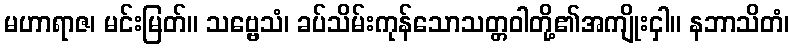
မဟာရာဇ၊ မင်းမြတ်။ သဗ္ဗေသံ၊ ခပ်သိမ်းကုန်သောသတ္တဝါတို့၏အကျိုးငှါ။ နဘာသိတံ၊